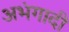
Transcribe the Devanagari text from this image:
अभंगादी